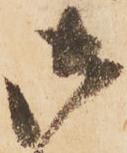
御